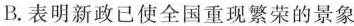
B.表明新政已使全国重现繁荣的景象